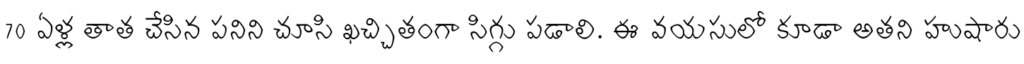
70 ఏళ్ల తాత చేసిన పనిని చూసి ఖచ్చితంగా సిగ్గు పడాలి. ఈ వయసులో కూడా అతని హుషారు